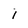
Character: I